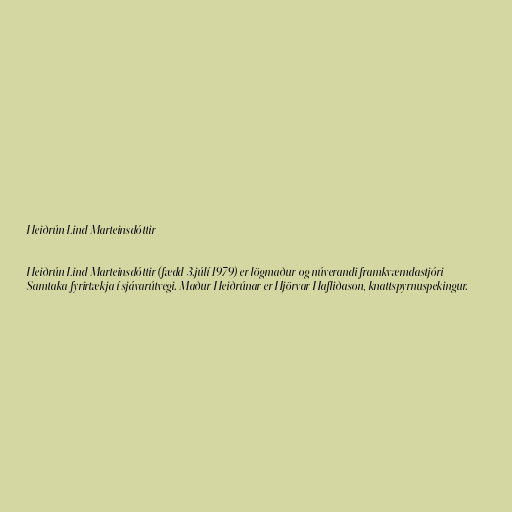
Heiðrún Lind Marteinsdóttir

Heiðrún Lind Marteinsdóttir (fædd 3.júlí 1979) er lögmaður og núverandi framkvæmdastjóri
Samtaka fyrirtækja í sjávarútvegi. Maður Heiðrúnar er Hjörvar Hafliðason, knattspyrnuspekingur.